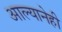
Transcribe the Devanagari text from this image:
आल्यानेही